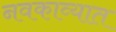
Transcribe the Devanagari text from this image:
नवकाव्यात